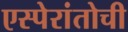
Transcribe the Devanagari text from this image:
एस्पेरांतोची